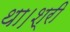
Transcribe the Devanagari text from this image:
था।श्री